Lunatic asylums Madras 1877-1891 - 1877-1891
Year: 1877
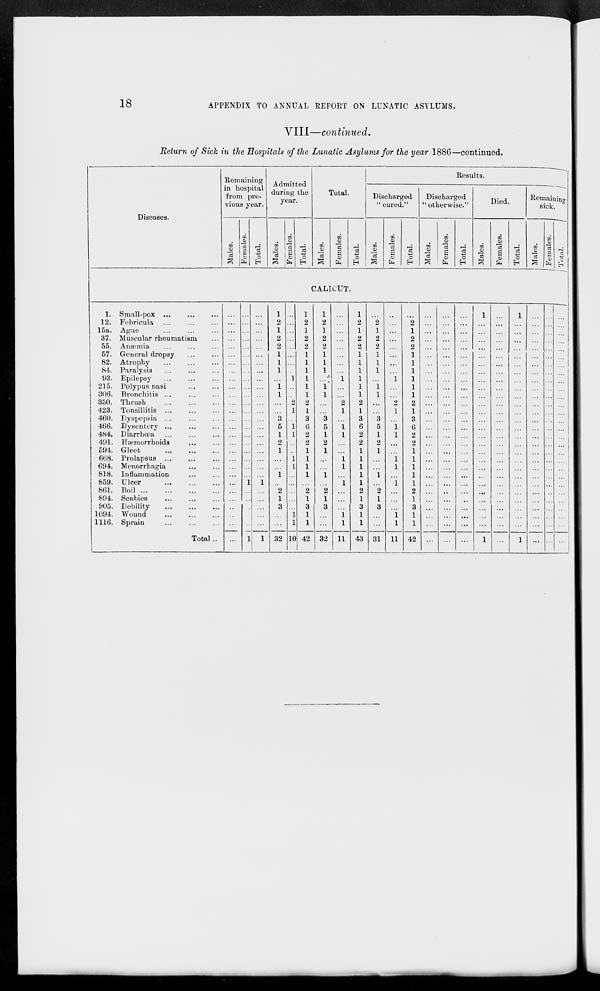
18
APPENDIX TO ANNUAL REPORT ON LUNATIC ASYLUMS.
VIII—continued.
Return of Sick in the Hospitals of the Lunatic Asylums for the year 1886—continued.
Diseases.
1.
12.
15a.
37.
55.
57.
82.
84.
93.
215.
306.
350.
423.
460.
466.
484.
491.
594.
668.
694.
818.
859.
861.
894.
905.
1094.
1116.
Small-pox
...
...
...
Febricula ... ... ...
Ague ... ... ...
Muscular rheumatism ...
Anæmia ... ... ...
General dropsy
...
...
Atrophy ... ... ...
Paralysis
...
...
...
Epilepsy
...
...
...
Polypus nasi ... ...
Bronchitis ... ... ...
Thrush
...
...
...
Tonsillitis
...
...
...
Dyspepsia
...
...
...
Dysentery
...
...
...
Diarrhœa ... ... ...
Hæmorrhoids
...
...
Gleet
...
...
...
Prolapsus
...
...
...
Menorrhagia ... ... ...
Inflammation ... ...
Ulcer
...
...
...
Boil
...
...
...
Scabies ... ... ...
Debility
...
...
...
Wound ... ... ...
Sprain
...
...
...
Total..
Remaining
in hospital
from pre-
vious year.
Males.
Females.
Total.
Admitted
during the
year.
Males.
Females.
Total.
Total.
Males.
Females.
Total.
Results.
Discharged
" cured."
Males.
Females.
Total.
Discharged
" otherwise."
Males.
Females.
Total.
Died.
Males.
Females.
Total.
Remaining
sick.
Males.
Females.
Total.
CALICUT.
...
...
...
...
...
...
...
...
...
...
...
...
...
...
...
...
...
...
...
...
...
...
...
...
...
...
...
...
...
...
...
...
...
...
...
...
...
...
...
...
...
...
...
...
...
...
...
...
...
1
...
...
...
...
...
1
...
...
...
...
...
...
...
...
...
...
...
...
...
...
...
...
...
...
...
...
...
1
...
...
...
...
...
1
1
2
1
2
2
1
1
1
...
1
1
...
...
3
5
1
2
1
...
...
1
...
2
1
3
...
...
32
...
...
...
...
...
...
...
...
1
...
...
2
1
...
1
1
...
...
1
1
...
...
...
...
...
1
1
10
1
2
1
2
2
1
1
1
1
1
1
2
1
3
6
2
2
1
1
1
1
...
2
1
3
1
1
42
1
2
1
2
2
1
1
1
...
1
1
...
...
3
5
1
2
1
...
...
1
...
2
1
3
...
...
32
...
...
...
...
...
...
...
...
1
...
...
2
1
...
1
1
...
...
1
1
...
1
...
...
...
1
1
11
1
2
1
2
2
1
1
1
1
1
1
2
1
3
6
2
2
1
1
1
1
1
2
1
3
1
1
43
...
2
1
2
2
1
1
1
...
1
1
...
...
3
5
1
2
1
...
...
1
...
2
1
3
...
...
31
...
...
...
...
...
...
...
...
1
...
...
2
1
...
1
1
...
...
1
1
...
1
...
...
...
1
1
11
...
2
1
2
2
1
1
1
1
1
1
2
1
3
6
2
2
1
1
1
1
1
2
1
3
1
1
42
...
...
...
...
...
...
...
...
...
...
...
...
...
...
...
...
...
...
...
...
...
...
...
...
...
...
...
...
...
...
...
...
...
...
...
...
...
...
...
...
...
...
...
...
...
...
...
...
...
...
..
...
...
...
...
...
...
...
...
...
...
...
...
...
...
...
...
...
...
...
...
...
...
...
...
...
...
...
...
...
...
...
...
...
1
...
...
...
...
...
...
...
...
...
...
...
...
...
...
...
...
...
...
...
...
...
...
...
...
...
...
1
...
...
...
...
...
...
...
...
...
...
...
...
...
...
...
...
...
...
...
...
...
...
...
...
...
...
...
...
1
...
...
...
...
...
...
...
...
...
...
...
...
...
...
...
...
...
...
...
...
...
...
...
...
...
...
1
...
...
...
...
...
...
...
...
...
...
...
...
...
...
...
...
...
...
...
...
...
...
...
...
...
...
...
...
...
...
...
...
...
...
...
...
...
...
...
...
...
...
...
...
...
...
...
...
...
...
...
...
...
...
...
...
...
...
...
...
...
...
...
...
...
...
...
...
...
...
...
...
...
...
...
...
...
...
...
...
...
...
...
...